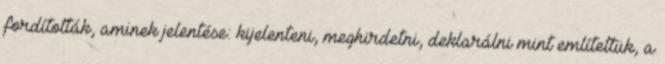
fordították, aminek jelentése: kijelenteni, meghirdetni, deklarálni mint említettük, a